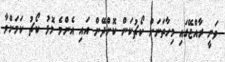
ވަނީ ރާއްޖޭގައި މިހާތަނަށް ކޯޗުކަން ކޮށްދޭން އައި އެންމެ މޮޅު ކޯޗު ކަމަށްވާ